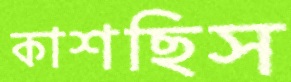
কাশছিস